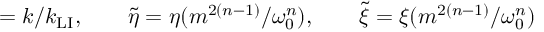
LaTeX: \b = k / k _ { \mathrm { L I } } , \qquad \widetilde { \eta } = \eta ( m ^ { 2 ( n - 1 ) } / \omega _ { 0 } ^ { n } ) , \qquad \widetilde { \xi } = \xi ( m ^ { 2 ( n - 1 ) } / \omega _ { 0 } ^ { n } )